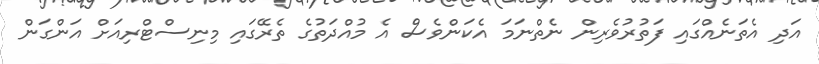
އަދި އެތަނެއްގައި ފަތުރުވެރިން ނެތްނަމަ އެކަންވެސް އެ މުއްދަތުގެ ތެރޭގައި މިނިސްޓްރިއަށް އަންގަން